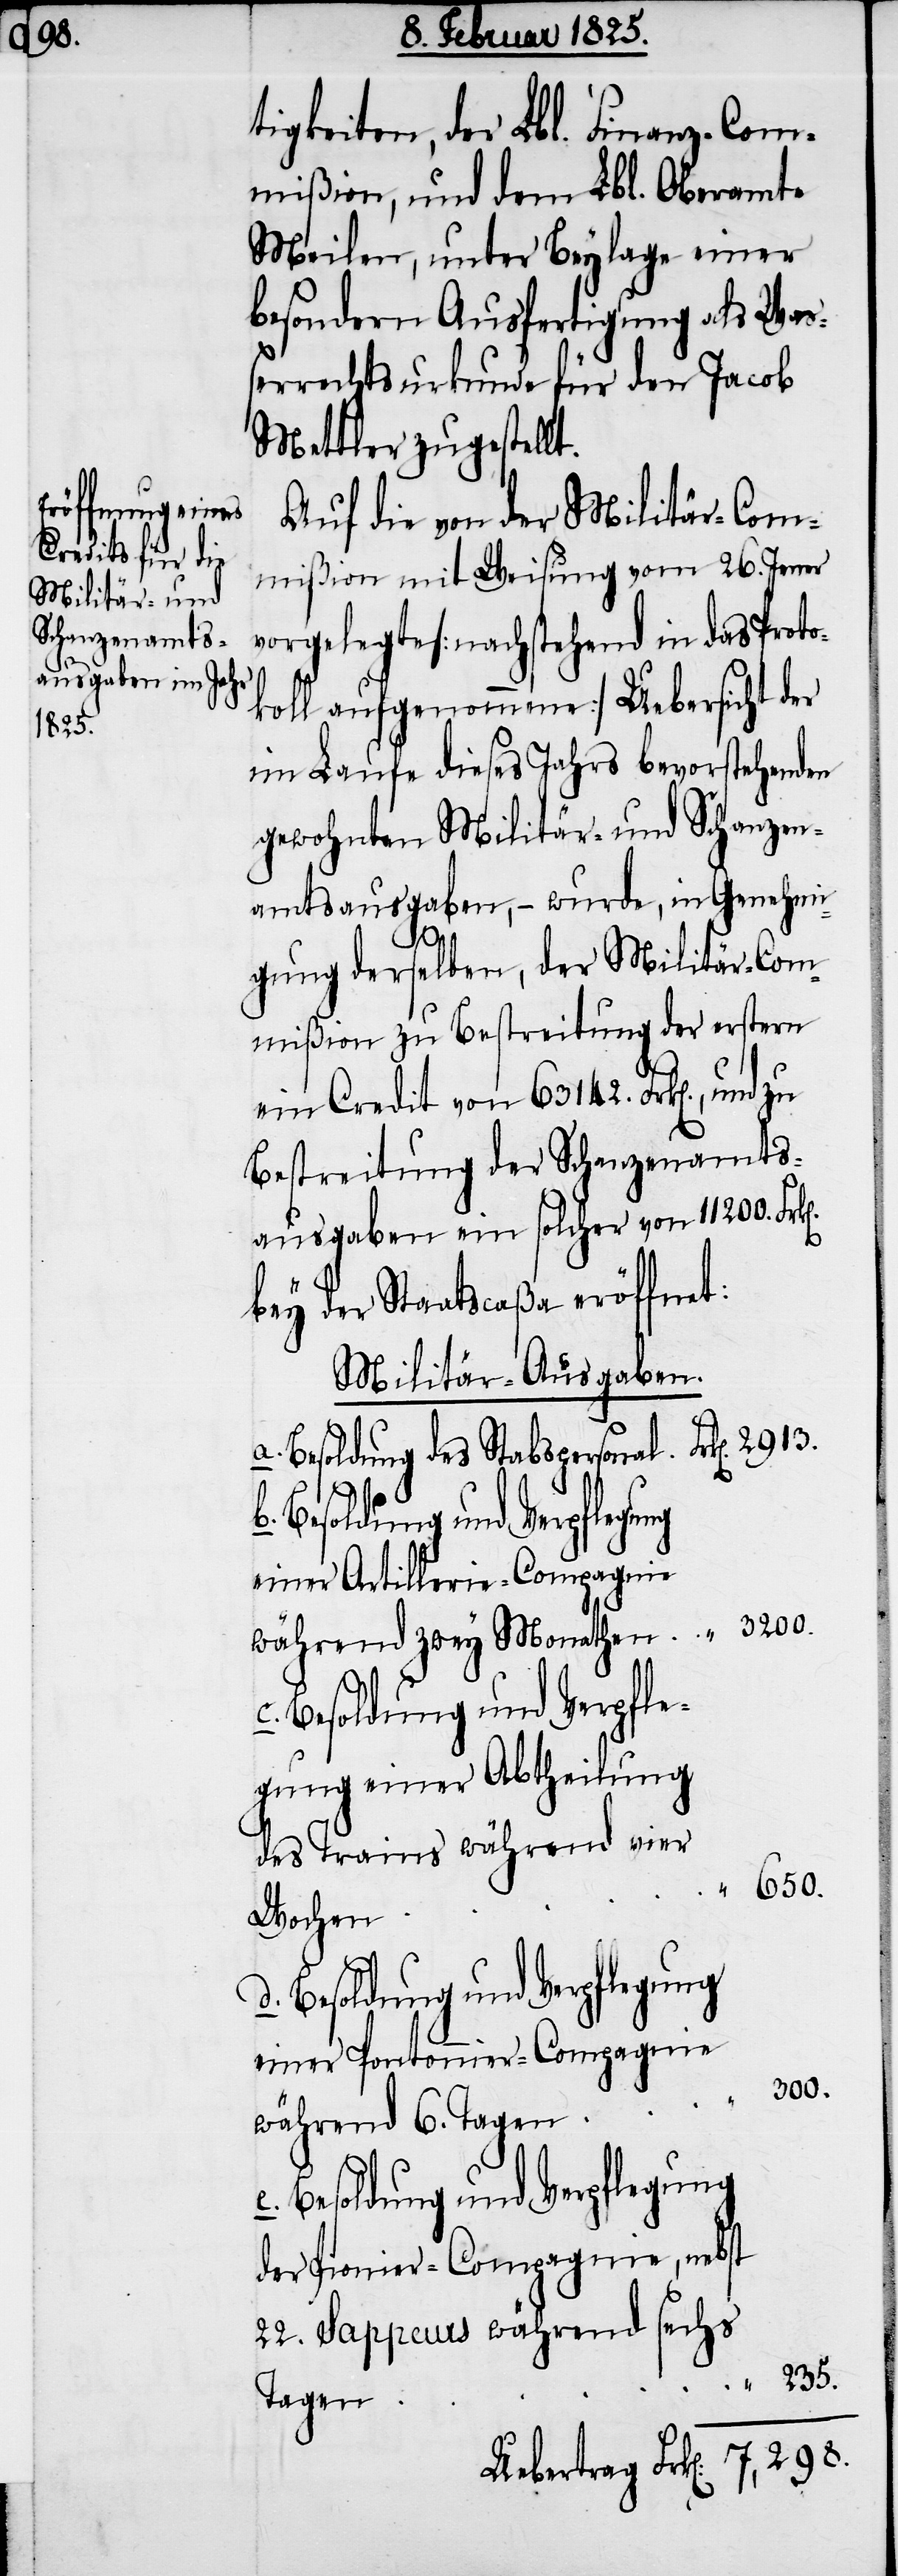
650.

e.
235.

tigkeiten, der Lbl. Finanz-Com¬
mißion, und dem Lbl. Oberamte
Meilen, unter Beylage einer
besondern Ausfertigung als Waß¬
errechtsurkunde für den Jacob
Mettler zugestellt.
Auf die von der Militär-Com¬
mißion mit Weisung vom 26. Jener
vorgelegte [nachstehend in das Proto¬
koll aufgenommene] Uebersicht der
im Laufe dieses Jahrs bevorstehenden
gewohnten Militär- und Schanzen¬
amtsausgaben, − wurde, in Genehmi¬
2913.
gung derselben, der Militär-Com¬
mißion zu Bestreitung der erstern
ein Credit von 63142. Frk[en]., und zu
Bestreitung der Schanzenamts¬
ausgaben ein solcher von 11200. Fr¬
bey der Staatscaßa eröffnet:
Militär-Ausgaben.
Besoldung des Stabspersonal
einer Artillerie-Compagnie
3200.
c.
während zwey Monathen
Besoldung und Verpfle¬
gung einer Abtheilung
des Trains während vier
Wochen
einer Pontonnier-Compagnie
300.
während 6. Tagen
Besoldung und Verpflegung
der Pionier-Compagnie, nebst
22. Sappeurs während sechs
Tagen